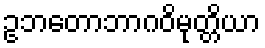
ဥဘတောဘာဂဝိမုတ္တိယာ